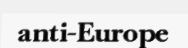
anti-Europe